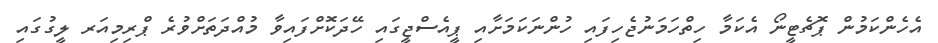
އެހެންކަމުން ޕޮޗެޓީނޯ އެކަމާ ހިތްހަމަނުޖެހިފައި ހުންނަކަމަށާއި ޕީއެސްޖީގައި ހޭދަކޮށްފައިވާ މުއްދަތަށްވުރެ ޕްރިމިއަރ ލީގުގައި